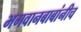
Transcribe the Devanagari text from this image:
भगवानबाबांनीच